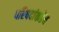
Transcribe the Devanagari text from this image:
परिषदांकडेच